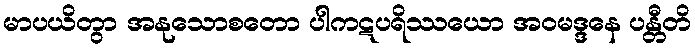
မာပယိတွာ အနုသောစတော ပါကဋပရိဿယော အဝမဒ္ဒနေ ပန္တီတိ